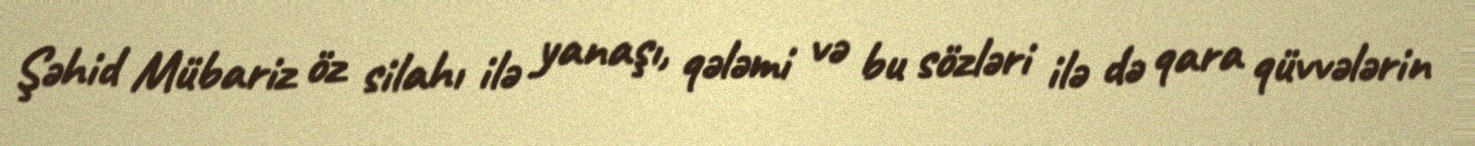
Şəhid Mübariz öz silahı ilə yanaşı, qələmi və bu sözləri ilə də qara qüvvələrin